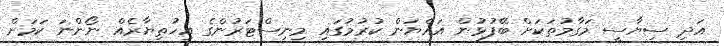
އަދި ސިޔާސީ މަގާމުތަކަށް ބޭފުޅުން އައްޔަން ކުރުމުގައި މިނިސްޓަރުންގެ އިހުތިޔާރެއް ނޯންނަ ކަމަށް